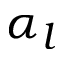
\alpha _ { l }